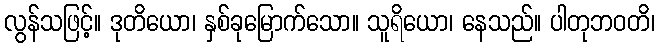
လွန်သဖြင့်။ ဒုတိယော၊ နှစ်ခုမြောက်သော။ သူရိယော၊ နေသည်။ ပါတုဘဝတိ၊